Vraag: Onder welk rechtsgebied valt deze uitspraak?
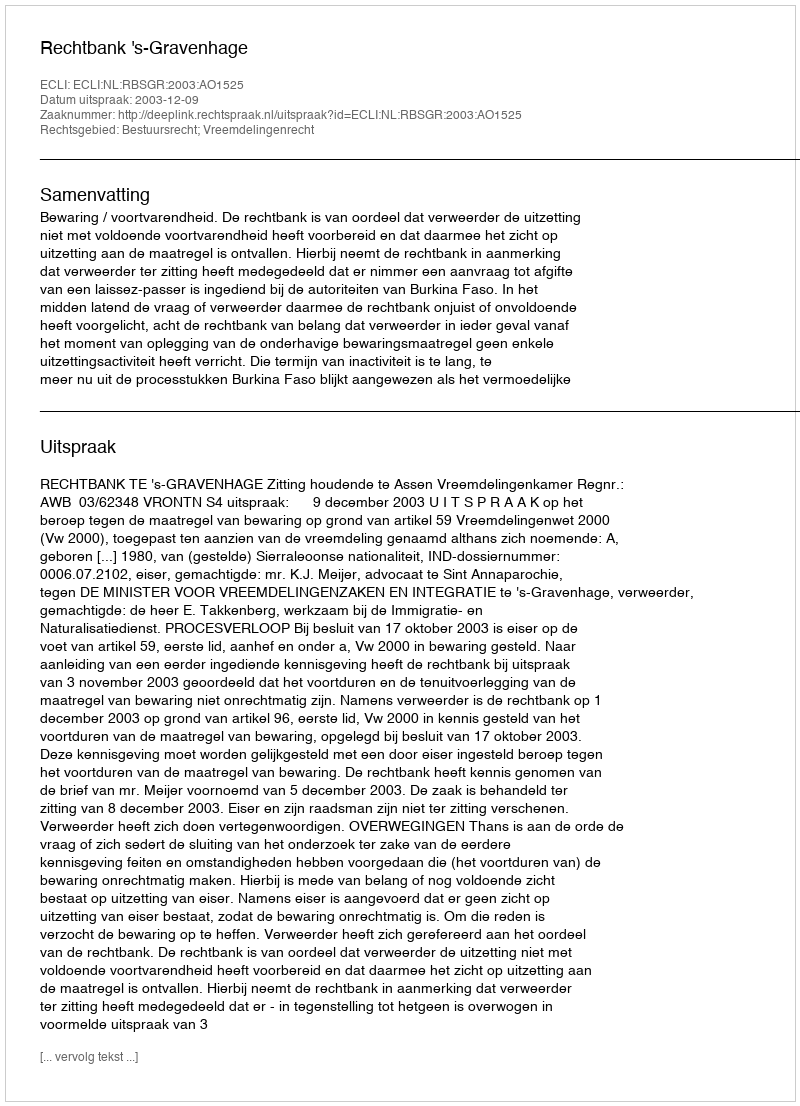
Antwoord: Bestuursrecht; Vreemdelingenrecht